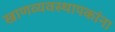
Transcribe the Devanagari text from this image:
खाणव्यवस्थापकांना